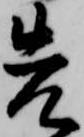
先